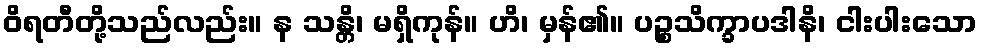
ဝိရတီတို့သည်လည်း။ န သန္တိ၊ မရှိကုန်။ ဟိ၊ မှန်၏။ ပဉ္စသိက္ခာပဒါနိ၊ ငါးပါးသော